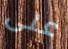
على